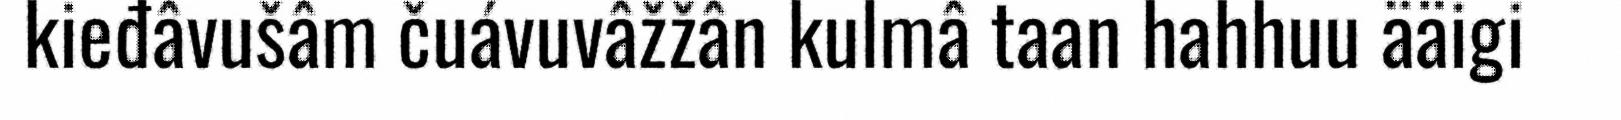
kieđâvušâm čuávuvâžžân kulmâ taan hahhuu ääigi